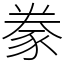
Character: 豢